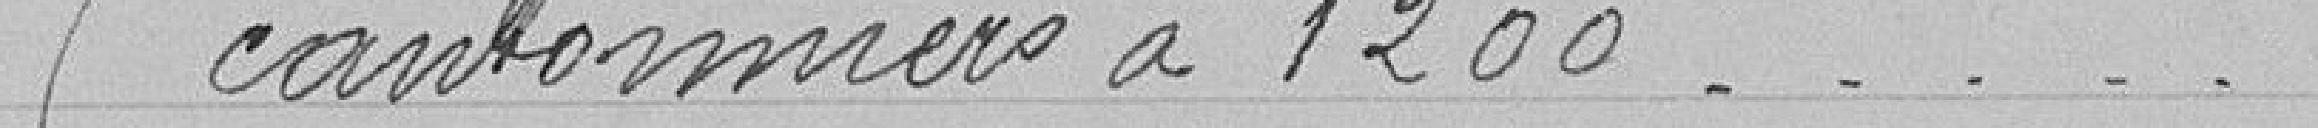
5 cantonniers à 1 200